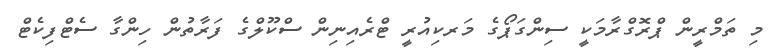
މި ތަމްރީން ޕްރޮގްރާމަކީ ސިންގަޕޯގެ މަރކިއުރީ ޓްރެއިނިން ސްކޫލްގެ ފަރާތުން ހިންގާ ސެޓްފިކެޓް